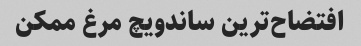
افتضاح‌ترین ساندویچ مرغ ممکن